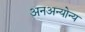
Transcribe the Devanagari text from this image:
अनअन्‍योन्‍य